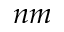
n m